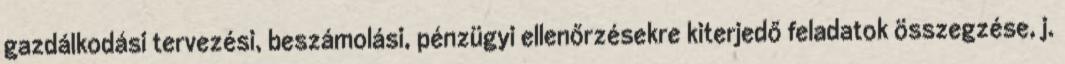
gazdálkodási tervezési, beszámolási, pénzügyi ellenőrzésekre kiterjedő feladatok összegzése, j.